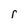
Character: r